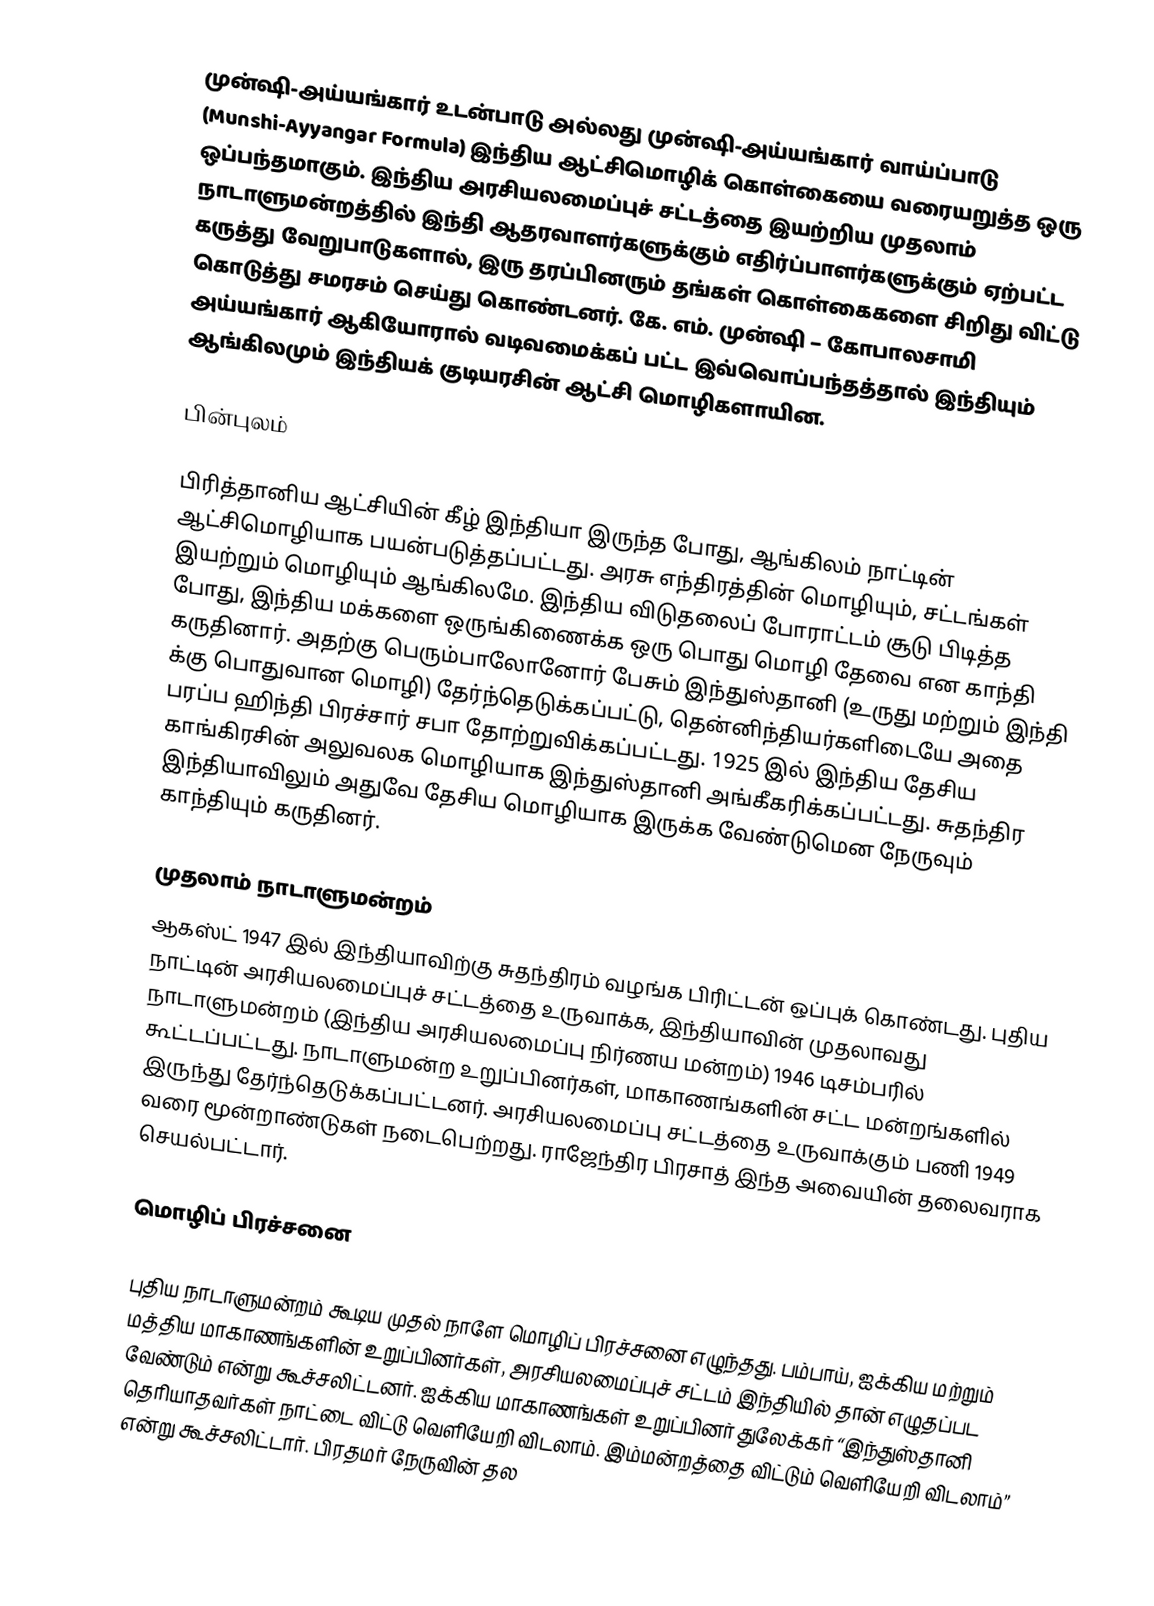
முன்ஷி-அய்யங்கார் உடன்பாடு அல்லது முன்ஷி-அய்யங்கார் வாய்ப்பாடு (Munshi-Ayyangar Formula) இந்திய ஆட்சிமொழிக் கொள்கையை வரையறுத்த ஒரு ஒப்பந்தமாகும். இந்திய அரசியலமைப்புச் சட்டத்தை இயற்றிய முதலாம் நாடாளுமன்றத்தில் இந்தி ஆதரவாளர்களுக்கும் எதிர்ப்பாளர்களுக்கும் ஏற்பட்ட கருத்து வேறுபாடுகளால், இரு தரப்பினரும் தங்கள் கொள்கைகளை சிறிது விட்டு கொடுத்து சமரசம் செய்து கொண்டனர். கே. எம். முன்ஷி – கோபாலசாமி அய்யங்கார் ஆகியோரால் வடிவமைக்கப் பட்ட இவ்வொப்பந்தத்தால் இந்தியும் ஆங்கிலமும் இந்தியக் குடியரசின் ஆட்சி மொழிகளாயின.

பின்புலம்

பிரித்தானிய ஆட்சியின் கீழ் இந்தியா இருந்த போது, ஆங்கிலம் நாட்டின் ஆட்சிமொழியாக பயன்படுத்தப்பட்டது. அரசு எந்திரத்தின் மொழியும், சட்டங்கள் இயற்றும் மொழியும் ஆங்கிலமே. இந்திய விடுதலைப் போராட்டம் சூடு பிடித்த போது, இந்திய மக்களை ஒருங்கிணைக்க ஒரு பொது மொழி தேவை என காந்தி கருதினார். அதற்கு பெரும்பாலோனோர் பேசும் இந்துஸ்தானி (உருது மற்றும் இந்தி க்கு பொதுவான மொழி) தேர்ந்தெடுக்கப்பட்டு, தென்னிந்தியர்களிடையே அதை பரப்ப ஹிந்தி பிரச்சார் சபா தோற்றுவிக்கப்பட்டது. 1925 இல் இந்திய தேசிய காங்கிரசின் அலுவலக மொழியாக இந்துஸ்தானி அங்கீகரிக்கப்பட்டது. சுதந்திர இந்தியாவிலும் அதுவே தேசிய மொழியாக இருக்க வேண்டுமென நேருவும் காந்தியும் கருதினர்.

முதலாம் நாடாளுமன்றம்
ஆகஸ்ட் 1947 இல் இந்தியாவிற்கு சுதந்திரம் வழங்க பிரிட்டன் ஒப்புக் கொண்டது. புதிய நாட்டின் அரசியலமைப்புச் சட்டத்தை உருவாக்க, இந்தியாவின் முதலாவது நாடாளுமன்றம் (இந்திய அரசியலமைப்பு நிர்ணய மன்றம்) 1946 டிசம்பரில் கூட்டப்பட்டது. நாடாளுமன்ற உறுப்பினர்கள், மாகாணங்களின் சட்ட மன்றங்களில் இருந்து தேர்ந்தெடுக்கப்பட்டனர். அரசியலமைப்பு சட்டத்தை உருவாக்கும் பணி 1949 வரை மூன்றாண்டுகள் நடைபெற்றது. ராஜேந்திர பிரசாத் இந்த அவையின் தலைவராக செயல்பட்டார்.

மொழிப் பிரச்சனை

புதிய நாடாளுமன்றம் கூடிய முதல் நாளே மொழிப் பிரச்சனை எழுந்தது. பம்பாய், ஐக்கிய மற்றும் மத்திய மாகாணங்களின் உறுப்பினர்கள், அரசியலமைப்புச் சட்டம் இந்தியில் தான் எழுதப்பட வேண்டும் என்று கூச்சலிட்டனர். ஐக்கிய மாகாணங்கள் உறுப்பினர் துலேக்கர் “இந்துஸ்தானி தெரியாதவர்கள் நாட்டை விட்டு வெளியேறி விடலாம். இம்மன்றத்தை விட்டும் வெளியேறி விடலாம்” என்று கூச்சலிட்டார். பிரதமர் நேருவின் தல